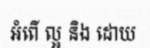
អំពើ ល្អ និង ដោយ